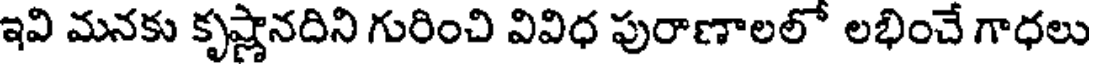
ఇవి మనకు కృష్ణానదిని గురించి వివిధ పురాణాలలో లభించే గాధలు